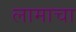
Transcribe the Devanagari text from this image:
लामाचा